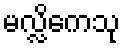
မလ္လိကေသု